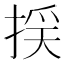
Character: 𢯉